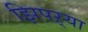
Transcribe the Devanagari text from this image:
झिपऱ्या